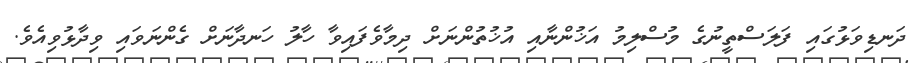
ދަނޑިވަޅުގައި ފަލަސްތީނުގެ މުސްލިމު އަޚުންނާއި އުޚުތުންނަށް ދިމާވެފައިވާ ހާލު ހަނދާނަށް ގެންނަވައި ވިދާޅުވިއެވެ.